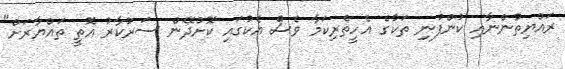
ރައްޔިތުންނާއި ކުންފުނި ތަކުގެ އެހީތެރިކަމާ ވެސް އެކުގައި ކޮށްދޭން ސަރުކާރު އޮތީ ތައްޔާރަށް"